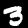
Digit: 3